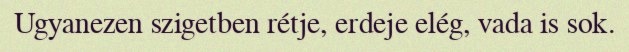
Ugyanezen szigetben rétje, erdeje elég, vada is sok.